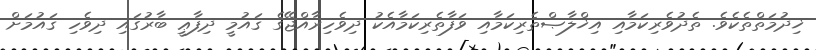
ޚިދުމަތްތެކެވެ. ތެދުވެރިކަމާއި އިޚްލާޞްތެރިކަމާއި ވަފާތެރިކަމާއެކު ދިވެހިރާއްޖޭގެ ޤައުމީ ދިފާޢީ ބާރުގައި ދިވެހި ޤައުމަށް